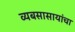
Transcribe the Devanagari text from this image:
व्यबसासायांचा